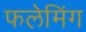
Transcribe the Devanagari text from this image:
फलेमिंग